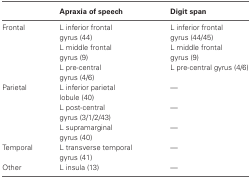
<table><thead><tr><td></td><td><b>Apraxia of speech</b></td><td><b>Digit span</b></td></tr></thead><tbody><tr><td>Frontal</td><td>L inferior frontal gyrus (44)</td><td>L inferior frontal gyrus (44/45)</td></tr><tr><td></td><td>L middle frontal gyrus (9)</td><td>L middle frontal gyrus (9)</td></tr><tr><td></td><td>L pre-central gyrus (4/6)</td><td>L pre-central gyrus (4/6)</td></tr><tr><td>Parietal</td><td>L inferior parietal lobule (40)</td><td>—</td></tr><tr><td></td><td>L post-central gyrus (3/1/2/43)</td><td>—</td></tr><tr><td></td><td>L supramarginal gyrus (40)</td><td>—</td></tr><tr><td>Temporal</td><td>L transverse temporal gyrus (41)</td><td>—</td></tr><tr><td>Other</td><td>L insula (13)</td><td>—</td></tr></tbody></table>